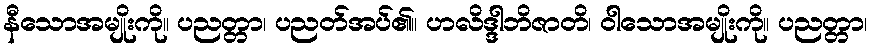
နီသောအမျိုးကို။ ပညတ္တာ၊ ပညတ်အပ်၏။ ဟလိဒ္ဒါဘိဇာတိ၊ ဝါသောအမျိုးကို။ ပညတ္တာ၊